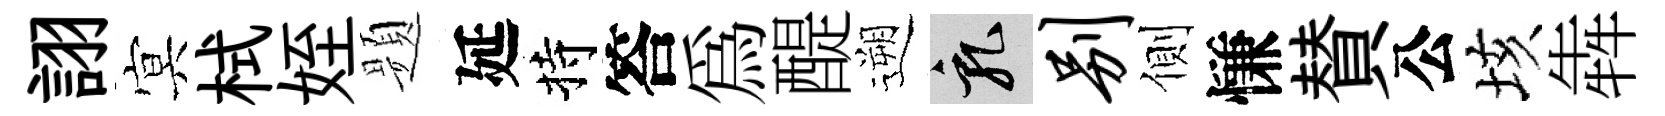
詡㝠栻姪题延持答爲醍遡乳别側慊賛公垓犇